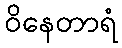
ဝိနေတာရံ